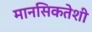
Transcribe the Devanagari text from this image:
मानसिकतेशी